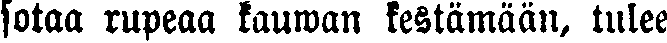
sotaa rupeaa kauwan kestämään, tulee